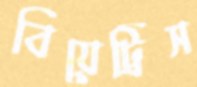
বিয়েট্রিস